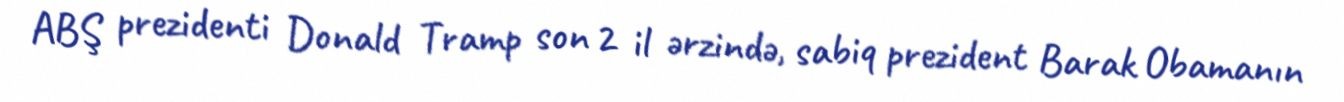
ABŞ prezidenti Donald Tramp son 2 il ərzində, sabiq prezident Barak Obamanın